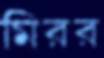
মিরর